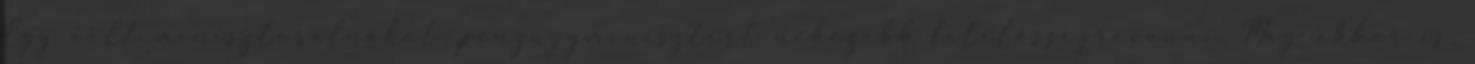
Egy volt miniszterelnököt, pénzügyminisztert nehezebb felelősségrevonni. Még akkor is,